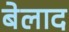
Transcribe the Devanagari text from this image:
बेलाद